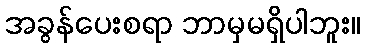
အခွန်ပေးစရာ ဘာမှမရှိပါဘူး။